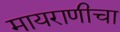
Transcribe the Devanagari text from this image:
मायराणीचा